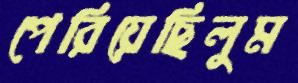
পেরিয়েছিলুম